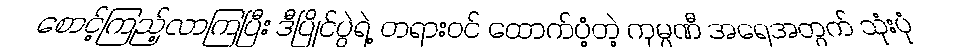
စောင့်ကြည့်လာကြပြီး ဒီပြိုင်ပွဲရဲ့ တရားဝင် ထောက်ပံ့တဲ့ ကုမ္ပဏီ အရေအတွက် သုံးပုံ